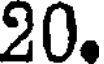
20.